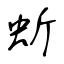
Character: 蚚